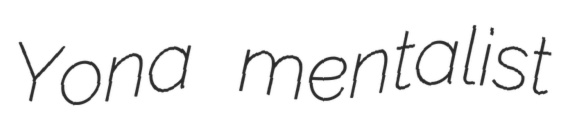
Yona mentalist